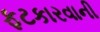
ફટકારવાની